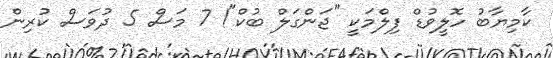
ކާމިޔާބު ހޮލީވުޑް ފިލްމަކީ "ޖަންގަލް ބުކް"! 7 މަސް 5 ދުވަސް ކުރިން